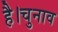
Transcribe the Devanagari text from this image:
है।चुनाव